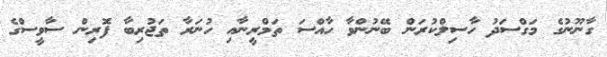
ގާނޫނުގެ މަގްސަދު ހާސިލްކުރަން ބޭނުންވާ ހާއްސަ ތަމްރީނާއި ހުނަރާ ތަޖުރިބާ ފޮރިން ސާވީސްގެ